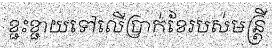
ខ្ជះខ្ជាយទៅលើប្រាក់ខែរបស់មន្ត្រី